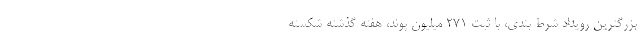
بزرگترین رویداد شرط بندی، با ثبت ۲۷۱ میلیون پوند، هفته گذشته شکسته